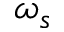
\omega _ { s }